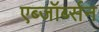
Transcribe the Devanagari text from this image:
एब्जॉर्ब्सन